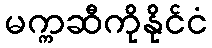
မက္ကဆီကိုနိုင်ငံ